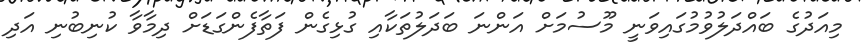
މިއަދުގެ ބައްދަލުވުމުގައިވަނީ މޫސުމަށް އަންނަ ބަދަލުތަކާއި ގުޅިގެން ފަތާފެންގަޑަށް ދިމާވާ ކުނިބުނި އަދި